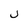
Character: U